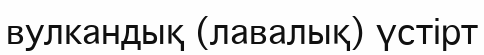
вулкандық (лавалық) үстірт